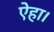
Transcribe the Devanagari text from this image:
ऐहा।